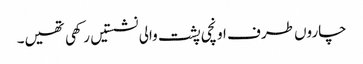
چاروں طرف اونچی پشت والی نشستیں رکھی تھیں۔